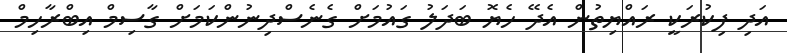
އަދި ފިކުރަކީ ރައްޔިތުން އެދޭ ހެޔޮ ބަދަލު ގައުމަށް ގެނެސްދިނުންކަމަށް ގާސިމް އިބްރާހިމް